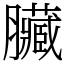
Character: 臟